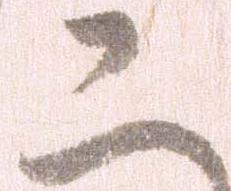
こ